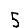
Digit: 5